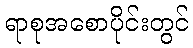
ရာစုအစောပိုင်းတွင်